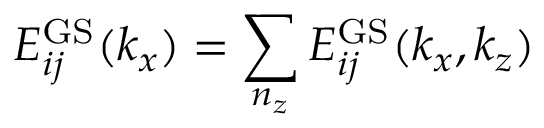
E _ { i j } ^ { \mathrm { G S } } ( k _ { x } ) = \sum _ { n _ { z } } E _ { i j } ^ { \mathrm { G S } } ( k _ { x } , k _ { z } )